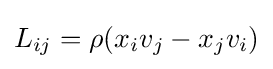
L_{ij}=\rho (x_{i}v_{j}-x_{j}v_{i})